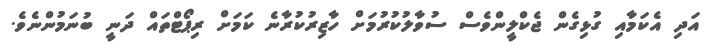
އަދި އެކަމާއި ގުޅިގެން ޖެކްލީންވެސް ސުވާލުކުރުމަށް ހާޒިރުކުރާނެ ކަމަށް ރިޕޯޓްތައް ދަނީ ބުނަމުންނެވެ.